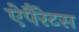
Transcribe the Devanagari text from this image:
ऐपैरेटस